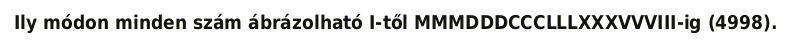
Ily módon minden szám ábrázolható I-től MMMDDDCCCLLLXXXVVVIII-ig (4998).